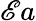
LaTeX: \mathscr{E}a